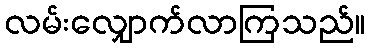
လမ်းလျှောက်လာကြသည်။